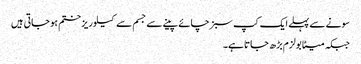
سونے سے پہلے ایک کپ سبز چائے پینے سے جسم سے کیلوریز ختم ہو جاتی ہیں
جبکہ میٹابولزم بڑھ جاتا ہے۔